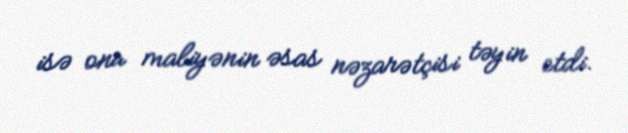
isə onu maliyənin əsas nəzarətçisi təyin etdi.